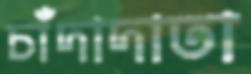
চাঁদাদাতা